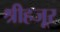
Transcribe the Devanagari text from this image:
श्रीहजूर